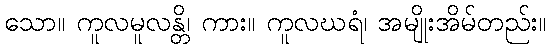
သော။ ကူလမူလန္တိ၊ ကား။ ကူလဃရံ၊ အမျိုးအိမ်တည်း။